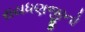
રાયધણજીનો